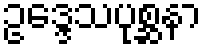
ဥဒ္ဒေသပုစ္ဆနာ